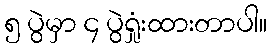
၅ ပွဲမှာ ၄ ပွဲရှုံးထားတာပါ။